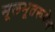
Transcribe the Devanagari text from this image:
मूलभूतरूपेण